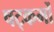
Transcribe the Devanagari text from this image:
षट्कर्मों